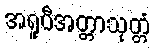
အရူပီအတ္တာသုတ္တံ